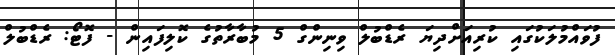
ފުވައްމުލަކުގައި ކުރިއަށްދިޔަ ރެޑްބުލް ވިނިންގް 5 މުބާރާތުގެ ކޮލިފައިން - ފޮޓޯ: ރެޑްބުލް